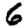
Digit: 6